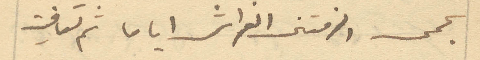
بحمى والزمتني الفراش اياما ثم تعافيت